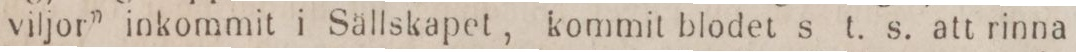
viljor” inkommit i Sällskapet, kommit blodet s t. s. att rinna